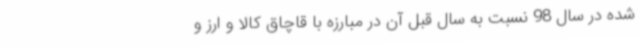
شده در سال 98 نسبت به سال قبل آن در مبارزه با قاچاق کالا و ارز و